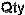
QTY